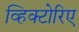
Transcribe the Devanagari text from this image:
व्हिक्टोरिए